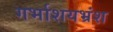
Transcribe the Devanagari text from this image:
गर्भाशयभ्रंश